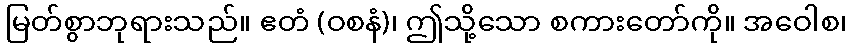
မြတ်စွာဘုရားသည်။ ဧတံ (ဝစနံ)၊ ဤသို့သော စကားတော်ကို။ အဝေါစ၊